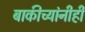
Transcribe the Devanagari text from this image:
बाकीच्यांनीही